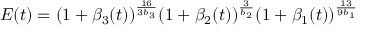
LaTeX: E ( t ) = ( 1 + \beta _ { 3 } ( t ) ) ^ { \frac { 1 6 } { 3 b _ { 3 } } } ( 1 + \beta _ { 2 } ( t ) ) ^ { \frac { 3 } { b _ { 2 } } } ( 1 + \beta _ { 1 } ( t ) ) ^ { \frac { 1 3 } { 9 b _ { 1 } } }